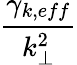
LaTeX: \frac{\gamma_{k,eff}}{k_{\perp}^{2}}